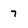
Character: 7